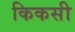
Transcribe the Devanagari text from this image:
किकसी